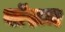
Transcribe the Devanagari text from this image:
बॉरूम